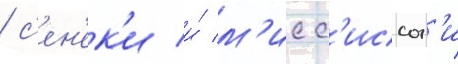
/ с'ен'ек'и и́ м'исс'иссог'и